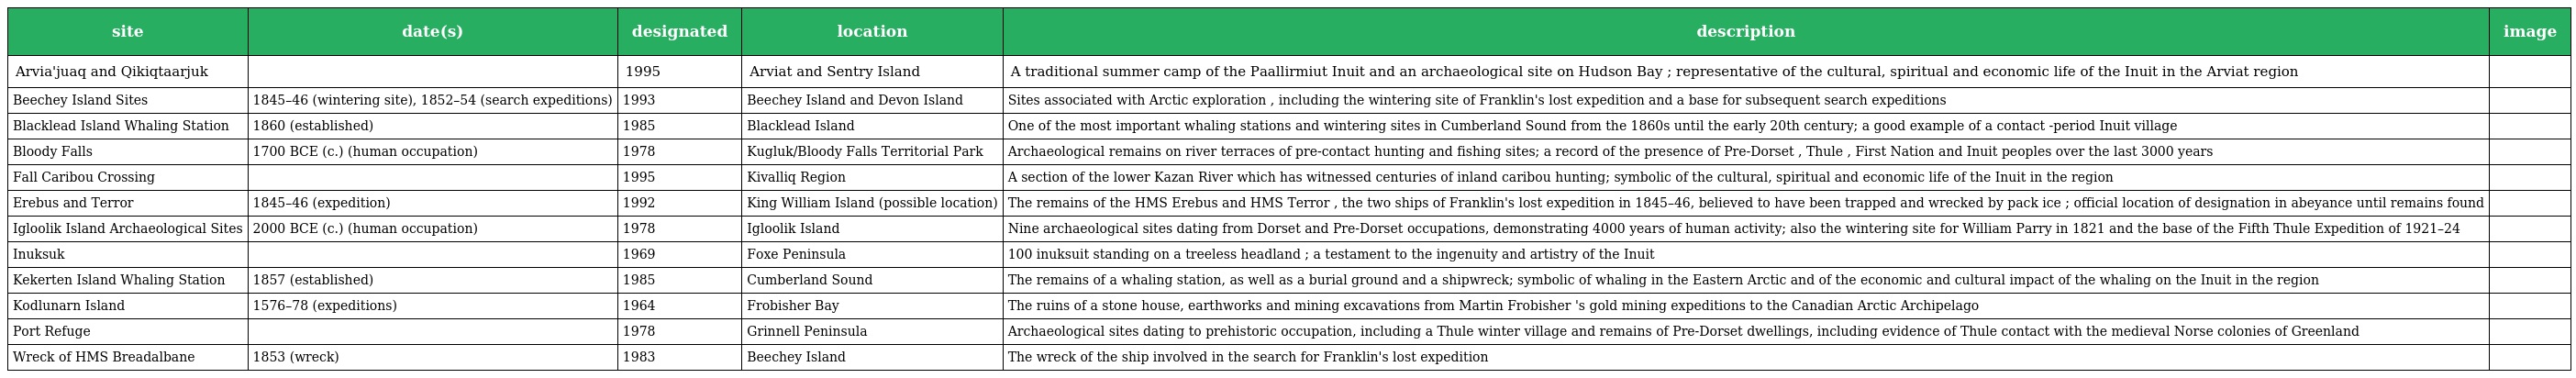
| site | date(s) | designated | location | description | image |
 | --- | --- | --- | --- | --- | --- |
 | Arvia'juaq and Qikiqtaarjuk |  | 1995 | Arviat and Sentry Island | A traditional summer camp of the Paallirmiut Inuit and an archaeological site on Hudson Bay ; representative of the cultural, spiritual and economic life of the Inuit in the Arviat region |  |
 | Beechey Island Sites | 1845–46 (wintering site), 1852–54 (search expeditions) | 1993 | Beechey Island and Devon Island | Sites associated with Arctic exploration , including the wintering site of Franklin's lost expedition and a base for subsequent search expeditions |  |
 | Blacklead Island Whaling Station | 1860 (established) | 1985 | Blacklead Island | One of the most important whaling stations and wintering sites in Cumberland Sound from the 1860s until the early 20th century; a good example of a contact -period Inuit village |  |
 | Bloody Falls | 1700 BCE (c.) (human occupation) | 1978 | Kugluk/Bloody Falls Territorial Park | Archaeological remains on river terraces of pre-contact hunting and fishing sites; a record of the presence of Pre-Dorset , Thule , First Nation and Inuit peoples over the last 3000 years |  |
 | Fall Caribou Crossing |  | 1995 | Kivalliq Region | A section of the lower Kazan River which has witnessed centuries of inland caribou hunting; symbolic of the cultural, spiritual and economic life of the Inuit in the region |  |
 | Erebus and Terror | 1845–46 (expedition) | 1992 | King William Island (possible location) | The remains of the HMS Erebus and HMS Terror , the two ships of Franklin's lost expedition in 1845–46, believed to have been trapped and wrecked by pack ice ; official location of designation in abeyance until remains found |  |
 | Igloolik Island Archaeological Sites | 2000 BCE (c.) (human occupation) | 1978 | Igloolik Island | Nine archaeological sites dating from Dorset and Pre-Dorset occupations, demonstrating 4000 years of human activity; also the wintering site for William Parry in 1821 and the base of the Fifth Thule Expedition of 1921–24 |  |
 | Inuksuk |  | 1969 | Foxe Peninsula | 100 inuksuit standing on a treeless headland ; a testament to the ingenuity and artistry of the Inuit |  |
 | Kekerten Island Whaling Station | 1857 (established) | 1985 | Cumberland Sound | The remains of a whaling station, as well as a burial ground and a shipwreck; symbolic of whaling in the Eastern Arctic and of the economic and cultural impact of the whaling on the Inuit in the region |  |
 | Kodlunarn Island | 1576–78 (expeditions) | 1964 | Frobisher Bay | The ruins of a stone house, earthworks and mining excavations from Martin Frobisher 's gold mining expeditions to the Canadian Arctic Archipelago |  |
 | Port Refuge |  | 1978 | Grinnell Peninsula | Archaeological sites dating to prehistoric occupation, including a Thule winter village and remains of Pre-Dorset dwellings, including evidence of Thule contact with the medieval Norse colonies of Greenland |  |
 | Wreck of HMS Breadalbane | 1853 (wreck) | 1983 | Beechey Island | The wreck of the ship involved in the search for Franklin's lost expedition |  |